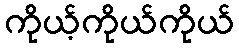
ကိုယ့်ကိုယ်ကိုယ်